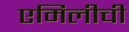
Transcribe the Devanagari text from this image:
एमिलीची